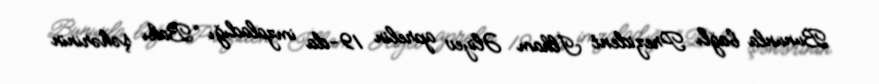
Bununla bağlı Prezident İlham Əliyev aprelin 19-da imzaladığı “Bakı şəhərinin